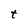
Character: t